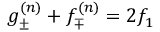
g _ { \pm } ^ { ( n ) } + f _ { \mp } ^ { ( n ) } = 2 f _ { 1 }